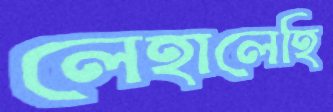
লেহালেহি